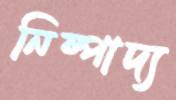
নিষ্পাদ্য